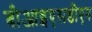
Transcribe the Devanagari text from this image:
बीआइएसडीएन